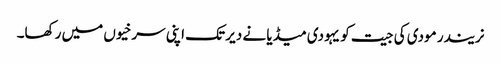
نریندر مودی کی جیت کو یہودی میڈیا نے دیر تک اپنی سرخیوں میں رکھا۔